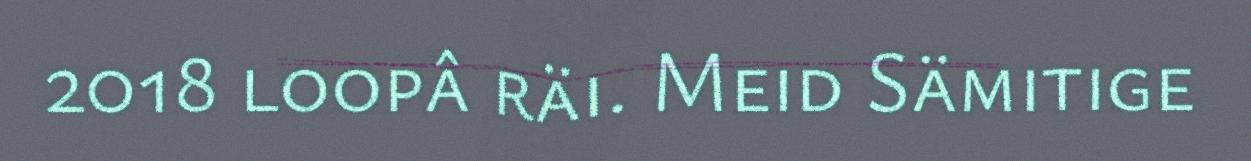
2018 loopâ räi. Meid Sämitige